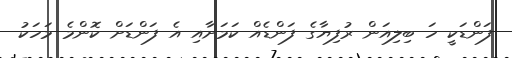
ފަންޑަކީ ހަ ބިލިއަން ރުފިޔާގެ ފަންޑެއް ކަމަށާއި އެ ފަންޑަށް ކޮންމެ މަހަކު